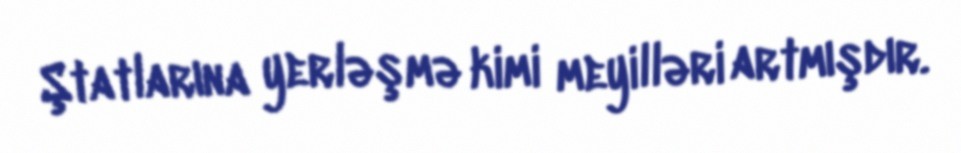
Ştatlarına yerləşmə kimi meyilləri artmışdır.